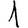
Digit: 1